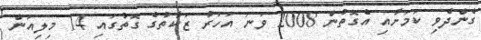
ގެންދެވި ކަމަށާއި އެގޮތުން 2008 ވަނަ އަހަރު ޒަކާތުގެ ގޮތުގައި 14 މިލިއަން